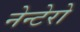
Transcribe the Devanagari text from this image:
नेन्टेरो